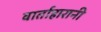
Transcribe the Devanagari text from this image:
वार्ताहारानी